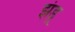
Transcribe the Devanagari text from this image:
झंडू